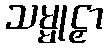
သမ္မုဠှာ